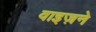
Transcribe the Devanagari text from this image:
वाइज़ने